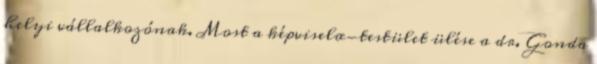
helyi vállalkozónak. Most a képviselœ-testület ülése a dr. Gonda